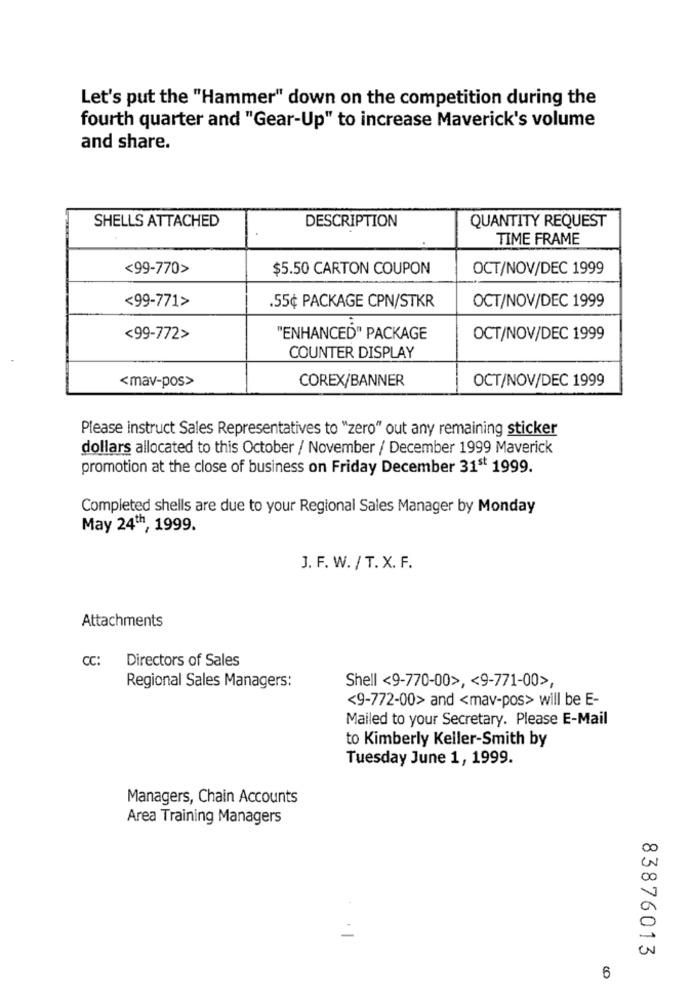
Let's put the "Hammer" down on the competition during the
fourth quarter and "Gear-Up" to increase Maverick's volume
and share.
SHELLS ATTACHED
DESCRIPTION
QUANTITY REQUEST
TIME FRAME
<99-770>
$5.50 CARTON COUPON
OCT/NOV/DEC 1999
<99-771>
OCT/NOV/DEC 1999
.55¢ PACKAGE CPN/STKR
<99-772>
"ENHANCED" PACKAGE
OCT/NOV/DEC 1999
COUNTER DISPLAY
<mav-pos>
COREX/BANNER
OCT/NOV/DEC 1999
Please instruct Sales Representatives to "zero" out any remaining sticker
dollars allocated to this October / November / December 1999 Maverick
promotion at the close of business on Friday December 31st 1999.
Completed shells are due to your Regional Sales Manager by Monday
May 24th, 1999.
J. F. W. / T. X. F.
Attachments
CC:
Directors of Sales
Regional Sales Managers:
Shell <9-770-00>, < 9-771-00>,
<9-772-00> and <mav-pos> will be E-
Mailed to your Secretary. Please E-Mail
to Kimberly Keller-Smith by
Tuesday June 1, 1999.
Managers, Chain Accounts
Area Training Managers
83876013
6